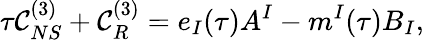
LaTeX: \tau{\cal C}_{NS}^{(3)}+{\cal C}_{R}^{(3)}=e_{I}(\tau)A^{I}-m^{I}(\tau)B_{I},